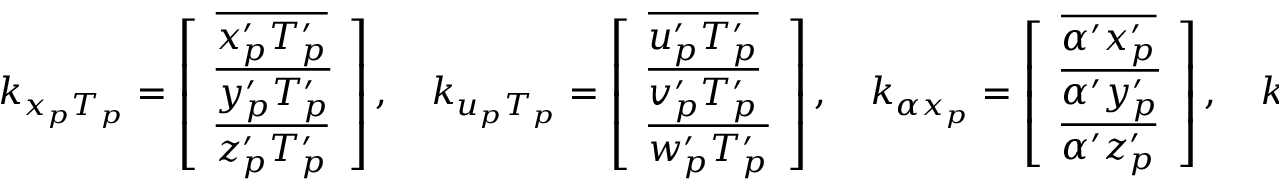
\begin{array} { r } { k _ { x _ { p } T _ { p } } = \left[ \begin{array} { l } { \overline { { { x _ { p } ^ { \prime } } T _ { p } ^ { \prime } } } } \\ { \overline { { { y _ { p } ^ { \prime } } T _ { p } ^ { \prime } } } } \\ { \overline { { { z _ { p } ^ { \prime } } T _ { p } ^ { \prime } } } } \end{array} \right] , \ \ \ k _ { u _ { p } T _ { p } } = \left[ \begin{array} { l } { \overline { { { u _ { p } ^ { \prime } } T _ { p } ^ { \prime } } } } \\ { \overline { { { v _ { p } ^ { \prime } } T _ { p } ^ { \prime } } } } \\ { \overline { { { w _ { p } ^ { \prime } } T _ { p } ^ { \prime } } } } \end{array} \right] , \ \ \ k _ { \alpha x _ { p } } = \left[ \begin{array} { l } { \overline { { \alpha ^ { \prime } { x _ { p } ^ { \prime } } } } } \\ { \overline { { \alpha ^ { \prime } { y _ { p } ^ { \prime } } } } } \\ { \overline { { \alpha ^ { \prime } { z _ { p } ^ { \prime } } } } } \end{array} \right] , \ \ \ k _ { \alpha u _ { p } } = \left[ \begin{array} { l } { \overline { { \alpha ^ { \prime } { u _ { p } ^ { \prime } } } } } \\ { \overline { { \alpha ^ { \prime } { v _ { p } ^ { \prime } } } } } \\ { \overline { { \alpha ^ { \prime } { w _ { p } ^ { \prime } } } } } \end{array} \right] . } \end{array}